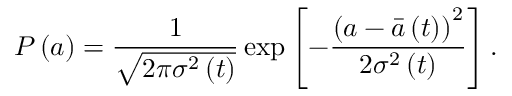
P \left( a \right) = \frac { 1 } { \sqrt { 2 \pi \sigma ^ { 2 } \left( t \right) } } \exp \left[ - \frac { \left( a - \bar { a } \left( t \right) \right) ^ { 2 } } { 2 \sigma ^ { 2 } \left( t \right) } \right] .